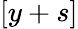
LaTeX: [y+s]